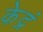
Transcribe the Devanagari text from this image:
केद्रं